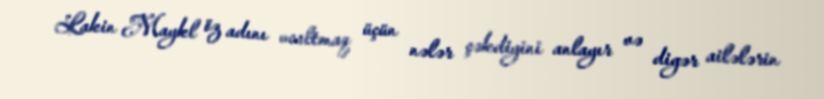
Lakin Maykl öz adını ucaltmaq üçün nələr çəkdiyini anlayır və digər ailələrin